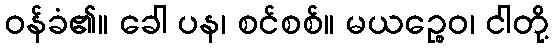
ဝန်ခံ၏။ ခေါ ပန၊ စင်စစ်။ မယဉ္စေဝ၊ ငါတို့